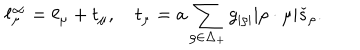
LaTeX: \ell _ { \mu } ^ { \infty } = \ell _ { \mu } + t _ { \mu } , \quad t _ { \mu } = a \sum _ { \rho \in \Delta _ { + } } g _ { | \rho | } | \rho \cdot \mu | \check { s } _ { \rho } .